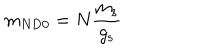
m _ { N \mathrm { D 0 } } = N \frac { m _ { \mathrm { s } } } { g _ { \mathrm { s } } }